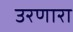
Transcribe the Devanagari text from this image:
उरणारा